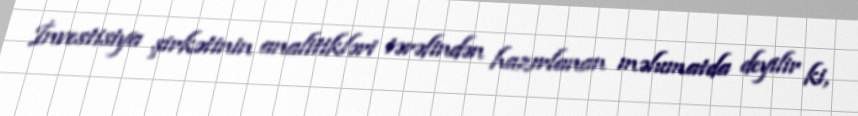
İnvestisiya şirkətinin analitikləri tərəfindən hazırlanan məlumatda deyilir ki,